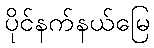
ပိုင်နက်နယ်မြေ